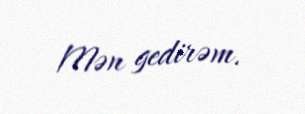
Mən gedirəm.